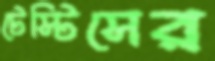
টেস্টিসের